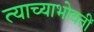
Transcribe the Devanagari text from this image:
त्याच्याभोवतीं